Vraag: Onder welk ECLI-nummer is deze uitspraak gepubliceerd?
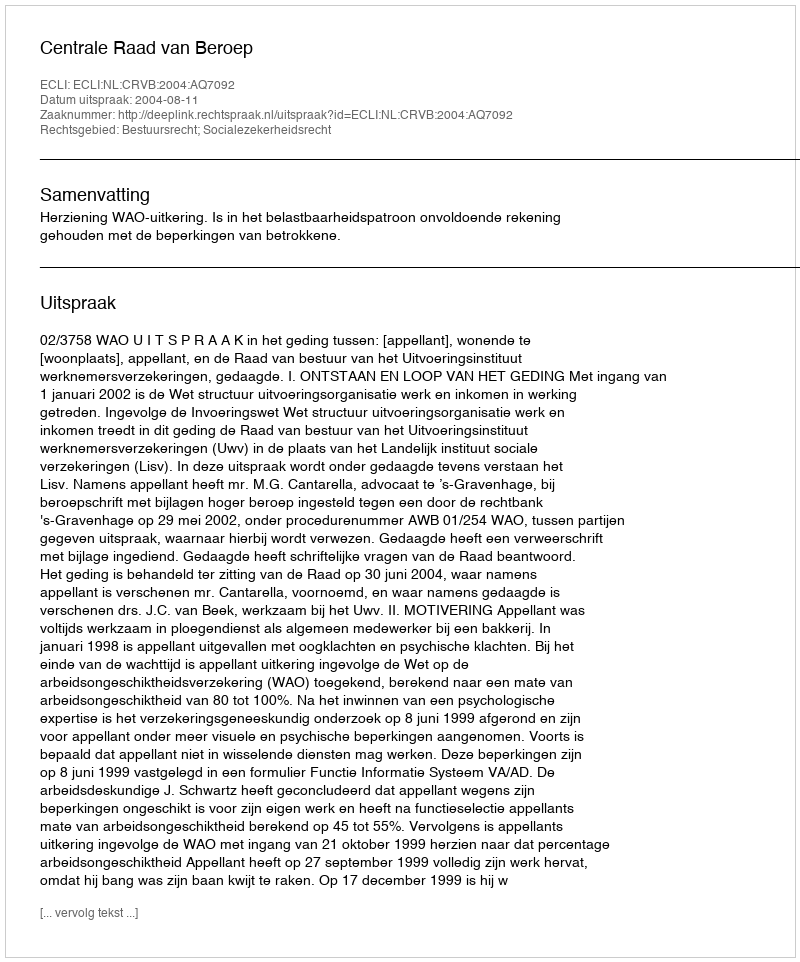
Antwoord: ECLI:NL:CRVB:2004:AQ7092